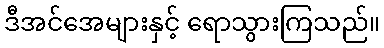
ဒီအင်အေများနှင့် ရောသွားကြသည်။